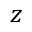
z